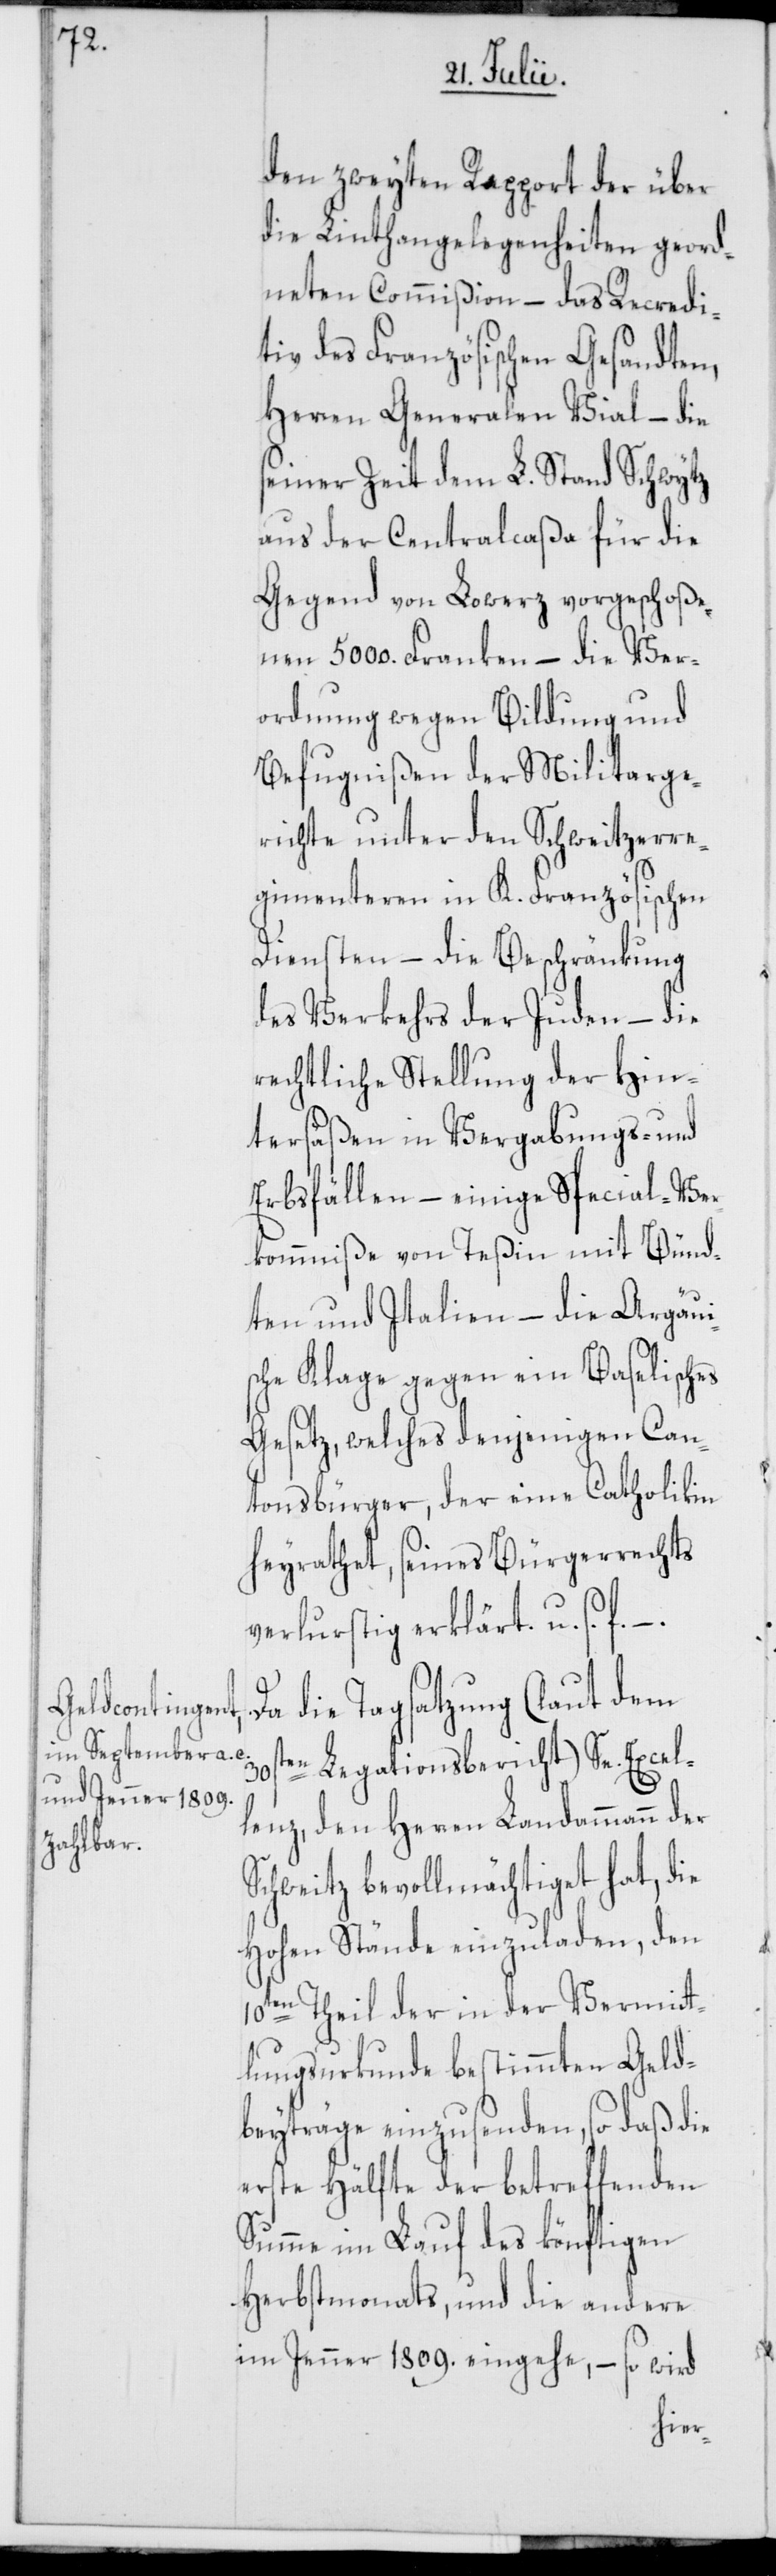
den zweyten Rapport der über
die Linthangelegenheiten geord¬
neten Commißion – das Recredi¬
tiv des Französischen Gesandten,
Herren Generalen Vial – die
seiner Zeit dem L. Stand Schwytz
aus der Centralcaßa für die
Gegend von Lowerz vorgeschoße¬
nen 5000. Franken – die Ver¬
ordnung wegen Bildung und
Befugnißen der Militarge¬
richte unter den Schweitzerre¬
gimenteren in K. Französischen
Diensten – die Beschränkung
des Verkehrs der Juden – die
rechtliche Stellung der Hin¬
tersäßen in Vergabungs- und
Erbsfällen – einige Special-Ver¬
kommniße von Teßin mit Bünd¬
ten und Italien – die Argäui¬
sche Klage gegen ein Baselisches
Gesetz, welches denjenigen Can¬
tonsbürger, der eine Catholikin
heyrathet, seines Bürgerrechts
verlurstig erklärt. u. s. f.
Da die Tagsatzung (laut dem
30sten Legationsbericht) Se. Excel¬
lenz, den Herren Landammann der
Schweitz bevollmächtiget hat, die
Hohen Stände einzuladen, den
10ten Theil der in der Vermit¬
tlungsurkunde bestimmten Geld¬
beyträge einzusenden, so daß die
erste Hälfte der betreffenden
Summe im Lauf des könftigen
Herbstmonats, und die andere
im Jenner 1809. eingehe, – so wird